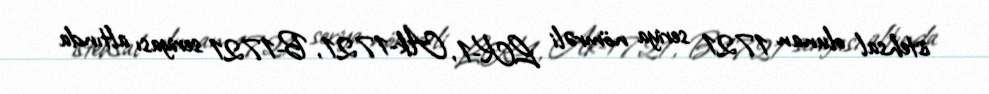
istehsal olunan 1721 seriya nömrəli LK-1, Ak-1721, B-1721 seriyası altında